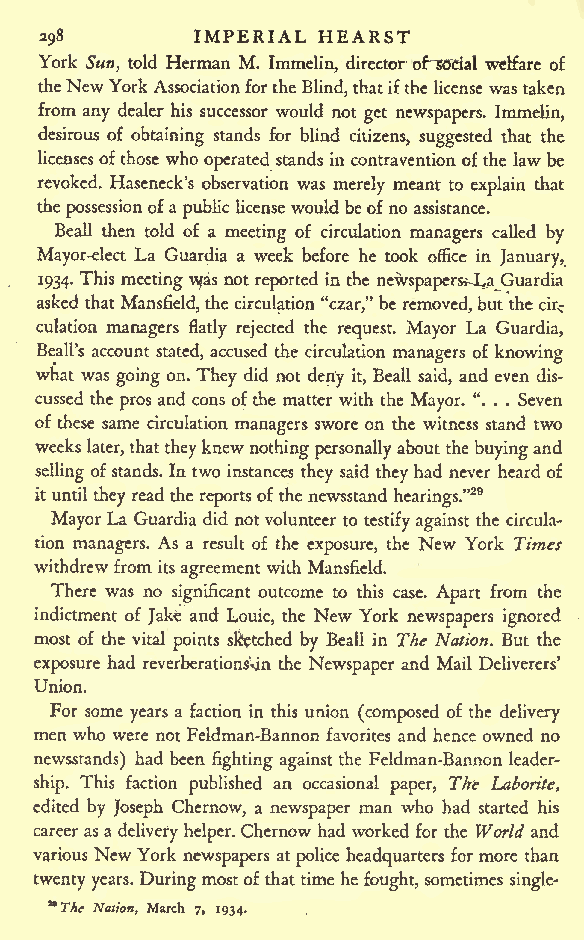
IMPERIAL HEARST
 298
 York Sun, told Herman M. Immelin, director of~SOdal welfare of
 theNewYorkAssociationfortheBlind,thatifthe license wastaken
 from any dealer his successor would not get newspapers. Immelin,
 desirous of obtaining stands for blind citizens, suggested that the
 licensesofthose who operated stands in contravention ofthe law be
 revoked. Haseneck's observation was merely meant to explain that
 thepossessionofapubliclicensewould beofno assistance.
 Beall then told of a meeting of circulation managers called by
 Mayor-elect La Guardia a week before he took office in January,
 1934. Thismeetingv^as not reported inthe newspapers*-!^ Guardia
 asked that Mansfield,the circulation "czar," be removed,but thecir^
 culation managers flatly rejected the request. Mayor La Guardia,
 Beall's account stated, accused the circulation managers of knowing
 what was going on. They did not deny it, Beall said, and even dis-
 cussed the prosand cons ofthe matter with the Mayor. ". . . Seven
 of these same circulation managers swore on the witness stand two
 weeks later,thattheyknew nothingpersonallyabout thebuyingand
 selling ofstands. In two instances they said they had never heard of
 ituntil theyread thereportsof the newsstand hearings."29
 MayorLa Guardia did notvolunteer to testifyagainst the circula-
 tion managers. As a result of the exposure, the New York Times
 withdrewfrom itsagreement with Mansfield.
 There was no significant outcome to this case. Apart from the
 indictment of Jake and Louie, the New York newspapers ignored
 most of the vital points s&etched by Beall in The Nation. But the
 exposure had reverberationsVjn the Newspaper and Mail Deliverers'
 Union.
 For some years a faction in this union (composed of the delivery
 men who were notFeldman-Bannon favorites and hence owned no
 newsstands) had been fighting against the Feldman-Bannon leader-
 ship. This faction published an occasional paper, The Laborite,
 edited by Joseph Chernow, a newspaper man who had started his
 career asa delivery helper.Chernowhad worked for the World and
 various NewYork newspapers at police headquarters for more than
 twentyyears. Duringmostofthat time he fought, sometimes single-
 **Thc Nation, March 7, 1934.